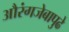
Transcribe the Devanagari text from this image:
औरंगजेबापुढे